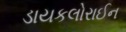
ડાયકલોરાઈન